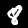
Label: 8